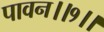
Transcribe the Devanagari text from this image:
पावन।।१।।